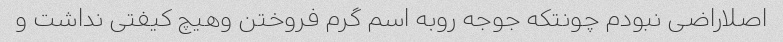
اصلاراضی نبودم چونتکه جوجه روبه اسم گرم فروختن وهیچ کیفتی نداشت و